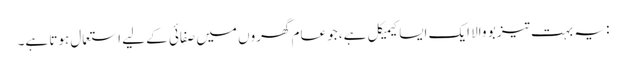
: یہ بہت تیز بو والا ایک ایسا کیمیکل ہے، جو عام گھروں میں صفائی کے لیے استعمال ہوتا ہے۔